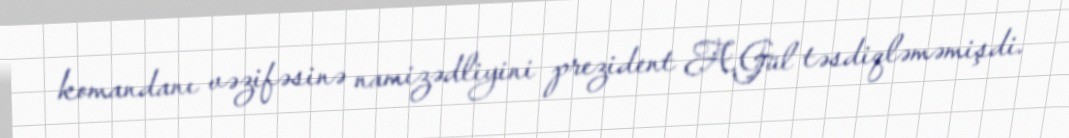
komandanı vəzifəsinə namizədliyini prezident A.Gül təsdiqləməmişdi.